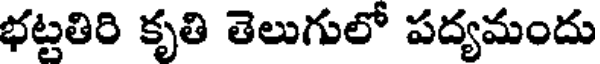
భట్టతిరి కృతి తెలుగులో పద్యమందు